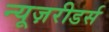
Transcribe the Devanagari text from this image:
न्यूज़रीडर्स